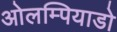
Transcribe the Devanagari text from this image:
ओलम्पियाडो